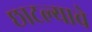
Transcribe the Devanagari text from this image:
छाटल्याचे